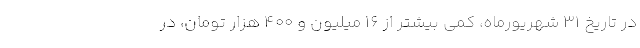
در تاریخ ۳۱ شهریورماه، کمی بیشتر از ۱۶ میلیون و ۴۰۰ هزار تومان، در